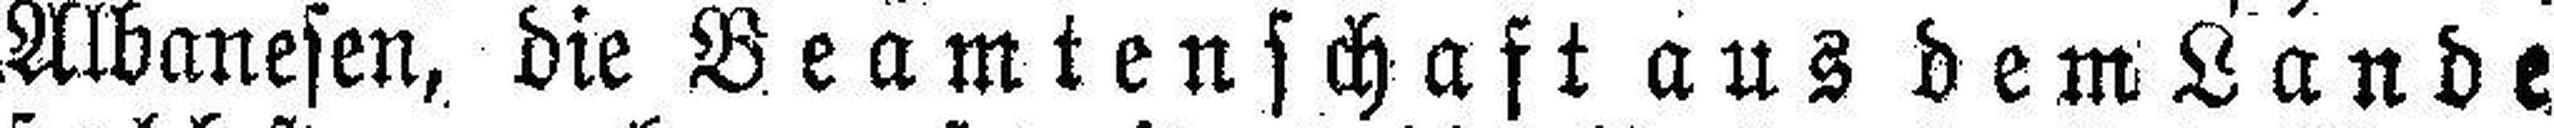
Albanesen, die Beamtenschaft aus dem Lande